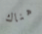
هناك